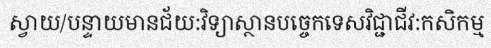
ស្វាយ/បន្ទាយមានជ័យ:វិទ្យាស្ថានបច្ចេកទេសវិជ្ជាជីវ:កសិកម្ម